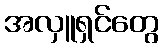
အလှူရှင်တွေ